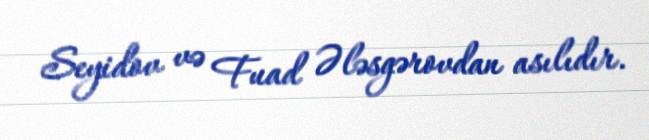
Seyidov və Fuad Ələsgərovdan asılıdır.